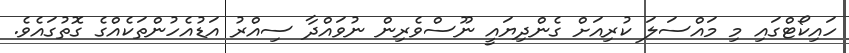
ހައިކޯޓްގައި މި މައްސަލަ ކުރިއަށް ގެންދިޔައީ ނޫސްވެރިން ނުވައްދާ ސިއްރު އަޑުއެހުންތަކެއްގެ ގޮތުގައެވެ.